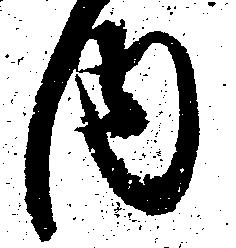
内